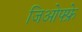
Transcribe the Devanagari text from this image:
जिओफ्फ्रे